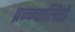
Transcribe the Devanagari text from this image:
प्रज्ज्वालितो